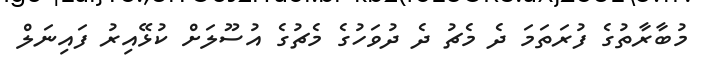
މުބާރާތުގެ ފުރަތަމަ ދެ މެޗު ދެ ދުވަހުގެ މެޗުގެ އުސޫލަށް ކުޅޭއިރު ފައިނަލް